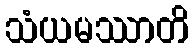
သံယမဿာတိ